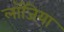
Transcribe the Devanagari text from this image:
लॉजिया